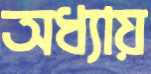
অধ্যায়